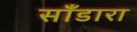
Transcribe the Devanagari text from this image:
साँडारा